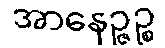
အာနေဉ္ဇဉ္စ